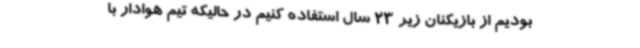
بودیم از بازیکنان زیر 23 سال استفاده کنیم در حالیکه تیم هوادار با